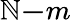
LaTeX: \mathbb{N}\le-m